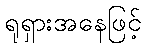
ရုရှားအနေဖြင့်